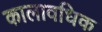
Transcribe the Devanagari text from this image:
कालावधिक